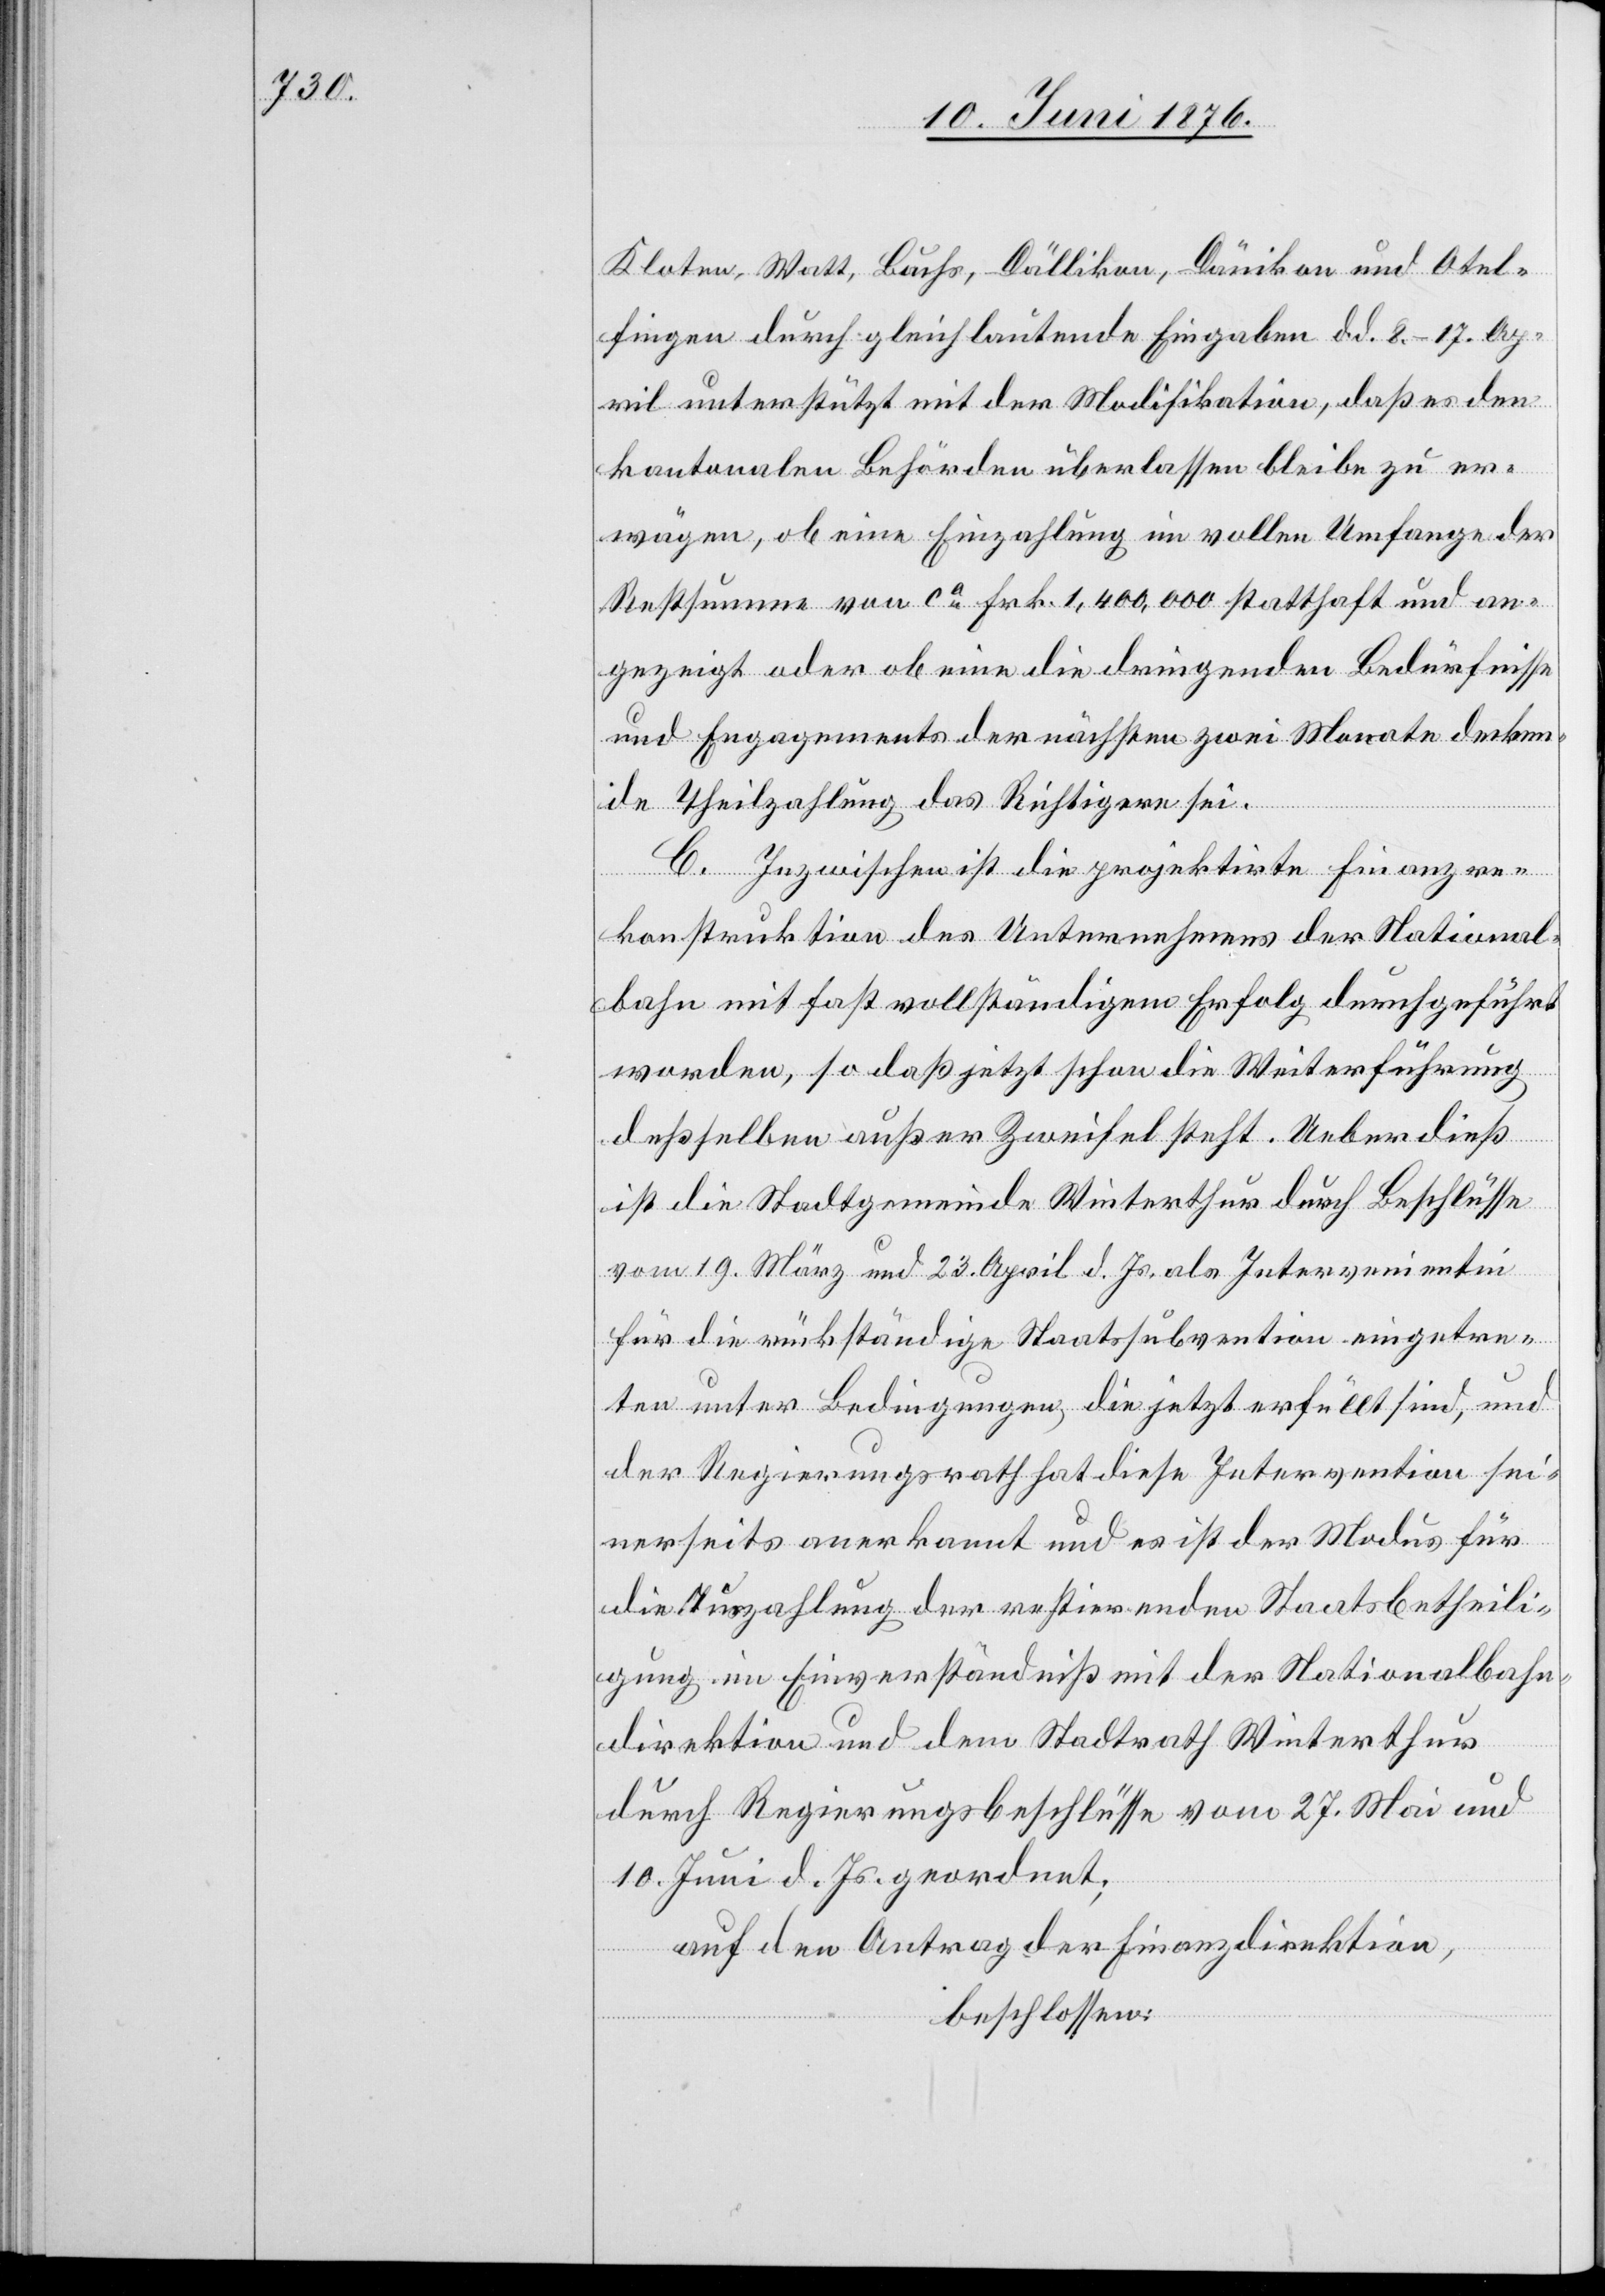
Kloten, Watt, Bachs, Dällikon, Dänikon und Otel¬
fingen durch gleichlautende Eingaben d. d. 8.–17. Ap¬
ril unterstützt mit der Modifikation, das es den
kantonalen Behörden überlassen bleibe zu er¬
wägen, ob eine Einzahlung im vollen Umfange der
Restsumme von ca Frk. 1,400,000 statthaft und an¬
gezeigt oder ob eine die dringenden Bedürfnisse
und Engagements der nächsten zwei Monate decken¬
de Theilzahlung das Richtigere sei.
C. Inzwischen ist die projektirte Finanzre¬
konstruktion des Unternehmens der National¬
bahn mit fast vollständigem Erfolg durchgeführt
worden, so daß jetzt schon die Weiterführung
deßselben außer Zweifel steht. Ueber dieß
ist die Stadtgemeinde Winterthur durch Beschlüsse
vom 19. März und 23. April d. Js. als Intervenientin
für die rückständige Staatssubvention eingetre¬
ten unter Bedingungen, die jetzt erfüllt sind, und
der Regierungsrath hat diese Intervention sei¬
nerseits anerkannt und es ist der Modus für
die Auszahlung der restirenden Staatsbetheili¬
gung im Einverständniß mit der Nationalbahn¬
direktion und dem Stadtrath Winterthur
durch Regierungsbeschlüsse vom 27. Mai und
10. Juni d. Js. geordnet;
auf den Antrag der Finanzdirektion
beschlossen: